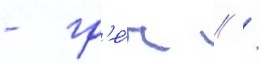
- гр'е́ч // /